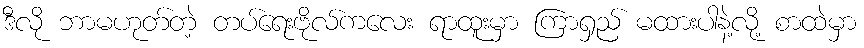
ဒီလို ဘာမဟုတ်တဲ့ တပ်ရေးဗိုလ်ကလေး ရာထူးမှာ ကြာရှည် မထားပါနဲ့လို့ စာထဲမှာ